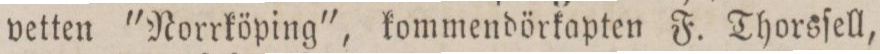
vetten "Norrköping", kommendörkapten F. Thorsſell,